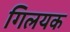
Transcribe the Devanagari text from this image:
गिलयक